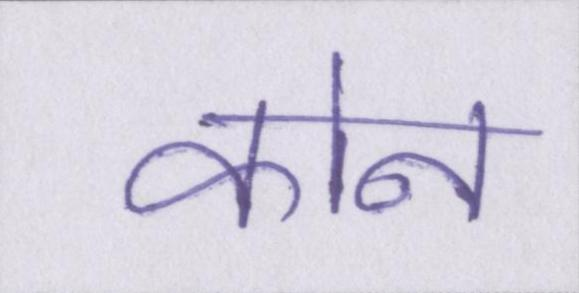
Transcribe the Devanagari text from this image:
कोन